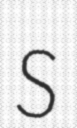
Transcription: S